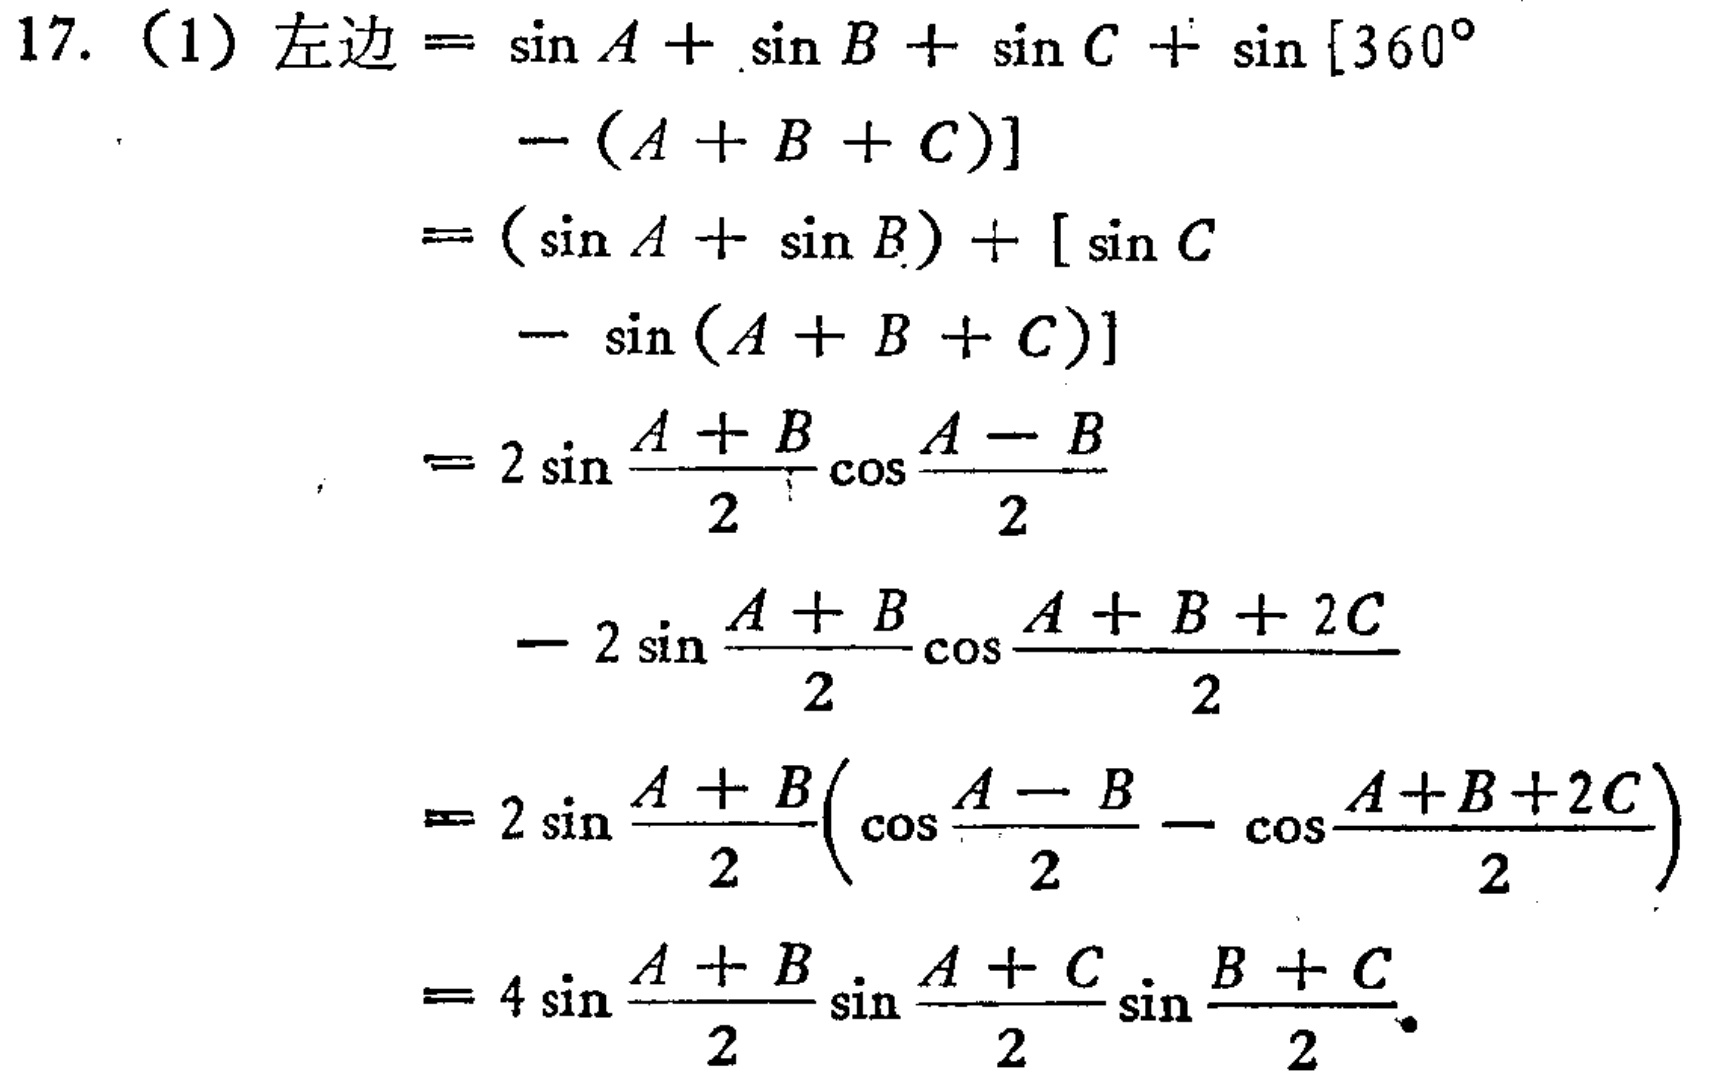
17. （1）左边$=\sin A+\sin B+\sin C+\sin[360^{\circ}-(A + B + C)]$

$=(\sin A+\sin B)+[\sin C-\sin(A + B + C)]$

$=2\sin\frac{A + B}{2}\cos\frac{A - B}{2}-2\sin\frac{A + B}{2}\cos\frac{A + B + 2C}{2}$

$=2\sin\frac{A + B}{2}(\cos\frac{A - B}{2}-\cos\frac{A + B + 2C}{2})$

$=4\sin\frac{A + B}{2}\sin\frac{A + C}{2}\sin\frac{B + C}{2}$。